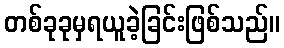
တစ်ခုခုမှရယူခဲ့ခြင်းဖြစ်သည်။